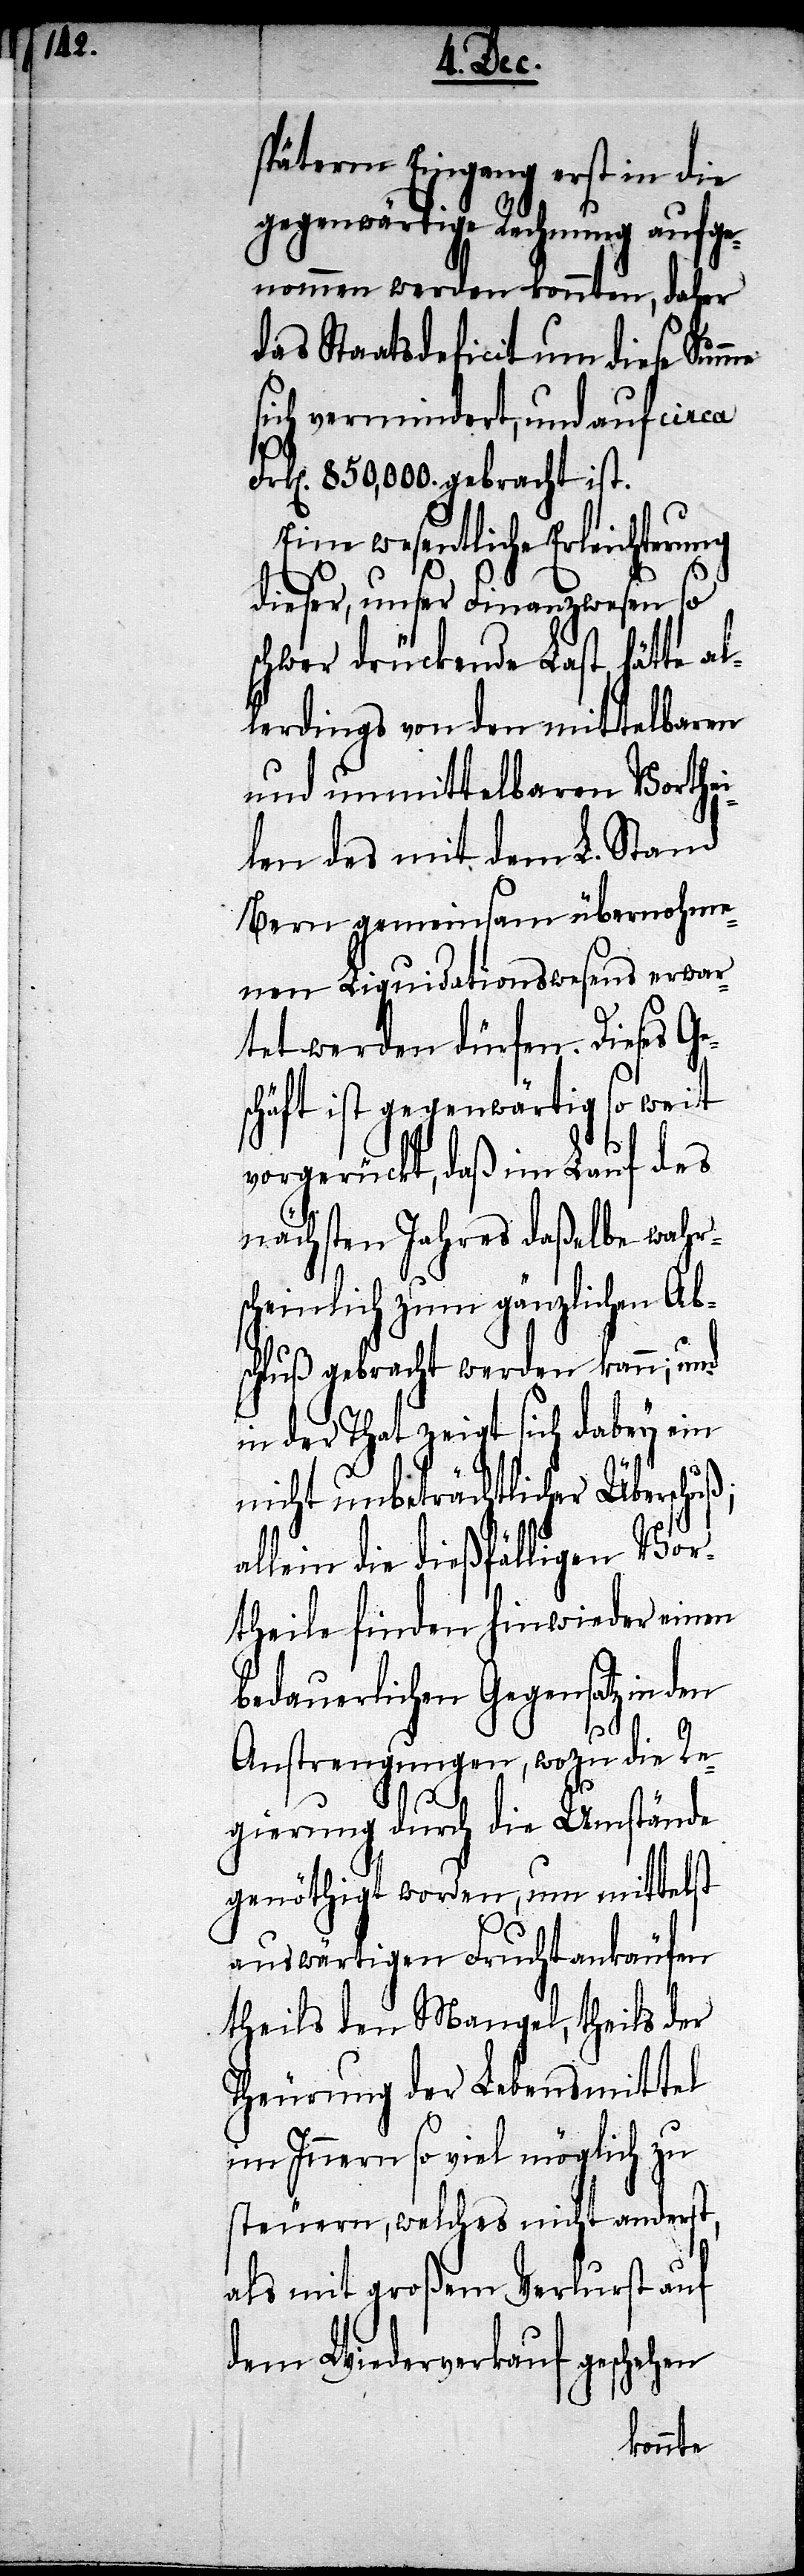
spätern Eingang erst in die
gegenwärtige Rechnung aufge¬
nommen werden konnten, daher
das Staatsdeficit um diese Summe
sich vermindert, und auf circa
Frk[en]. 850,000. gebracht ist.
dieser, unser Finanzwesen so
schwer drückende Last hätte al¬
lerdings von den mittelbaren
und unmittelbaren Vorthei¬
len des mit dem L. Stand
Bern gemeinsam übernohme¬
nen Liquidationswesens erwar¬
tete werden dürfen. Dieses Ge¬
schäft ist gegenwärtig so weit
vorgerückt, daß im Lauf des
nächsten Jahres daßelbe wahrs¬
cheinlich zum gänzlichen Ab¬
schluß gebracht werden kann; und
in der That zeigt sich dabey ein
nicht unbeträchtlicher Überschu¬
allein die dießfälligen Vor¬
theile finden hinwieder einen
bedauerlichen Gegensatz in
Anstrengungen, wozu die Re¬
ß;
gierung durch die Umstände
genöthigt worden, um mittelst
auswärtigen Fruchtankäufen
theils den Mangel, theils der
Theurung der Lebensmittel
im Innern so viel möglich zu
steuern, welches nicht anderst,
als mit großem Verlurst auf
dem Wiederverkauf geschehen